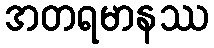
အတရမာနဿ